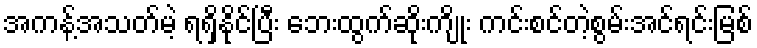
အကန့်အသတ်မဲ့ ရရှိနိုင်ပြီး ဘေးထွက်ဆိုးကျိုး ကင်းစင်တဲ့စွမ်းအင်ရင်းမြစ်